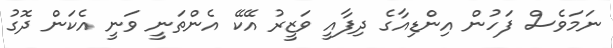
ނަމަވެސް ފަހުން އިންޑިއާގެ ދިފާއީ ވަޒީރު އޭކޭ އެންތަނީ ވަނީ އެކަން ދޮގު